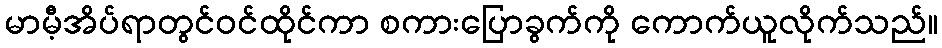
မာမီ့အိပ်ရာတွင်ဝင်ထိုင်ကာ စကားပြောခွက်ကို ကောက်ယူလိုက်သည်။